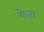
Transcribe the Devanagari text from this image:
यॆत्ता